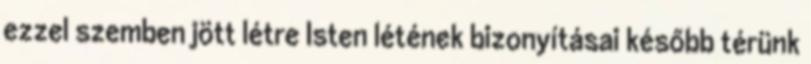
ezzel szemben jött létre Isten létének bizonyításai később térünk